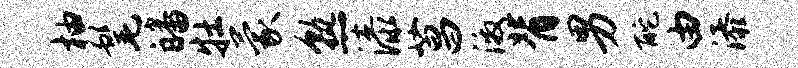
柚髦皤牡蒙熟漆菖激背男酡由添